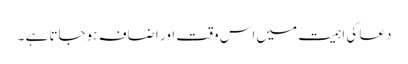
دعا کی اہمیت میں اس وقت اور اضافہ ہوجاتا ہے ۔